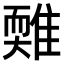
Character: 𩀋